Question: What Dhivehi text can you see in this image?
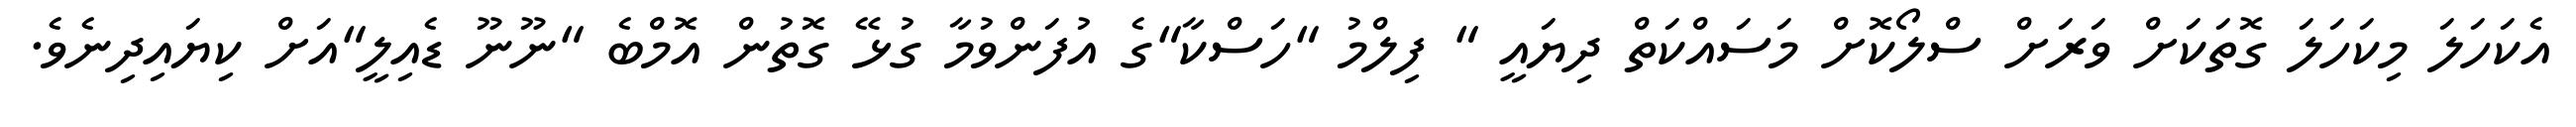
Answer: އެކަހަލަ މިކަހަލަ ގޮތަކަށް ވަރަށް ސްލޯކޮށް މަސައްކަތް ދިޔައީ " ފިލްމު "ހަސްކާ"ގެ އުފަންވުމާ ގުޅޭ ގޮތުން އޮމްބެ "ނޫނޫ ޑެއިލީ"އަށް ކިޔައިދިނެވެ.